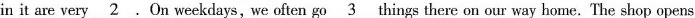
in it are very 2 .On weekdays, we often go 3 things there on our way home. The shop opens